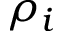
\rho _ { i }